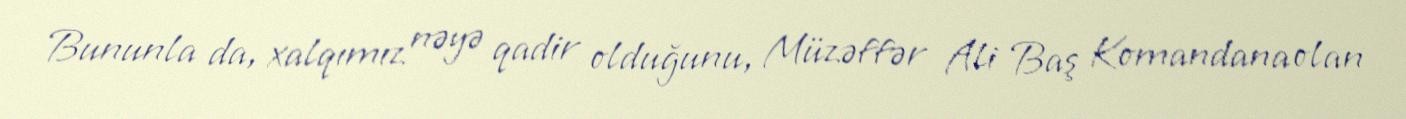
Bununla da, xalqımız nəyə qadir olduğunu, Müzəffər Ali Baş Komandana olan